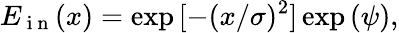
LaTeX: E_{\mathrm{~i~n~}}(x)=\exp{[-(x/\sigma)^{2}]}\exp{(\psi)},